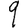
Digit: 9